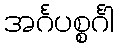
အင်္ဂပစ္စင်္ဂါ